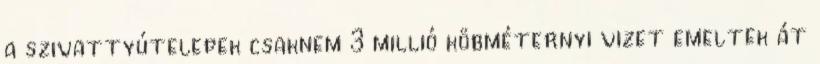
a szivattyútelepek csaknem 3 millió köbméternyi vizet emeltek át